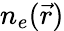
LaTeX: n_{e}(\vec{r})